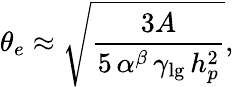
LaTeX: \theta_{e}\approx\sqrt{\frac{3A}{5\, \alpha^{\beta}\, \gamma_{\mathrm{lg}}\, h_{p}^{2}}},